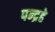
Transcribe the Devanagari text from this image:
पन्द्रहे